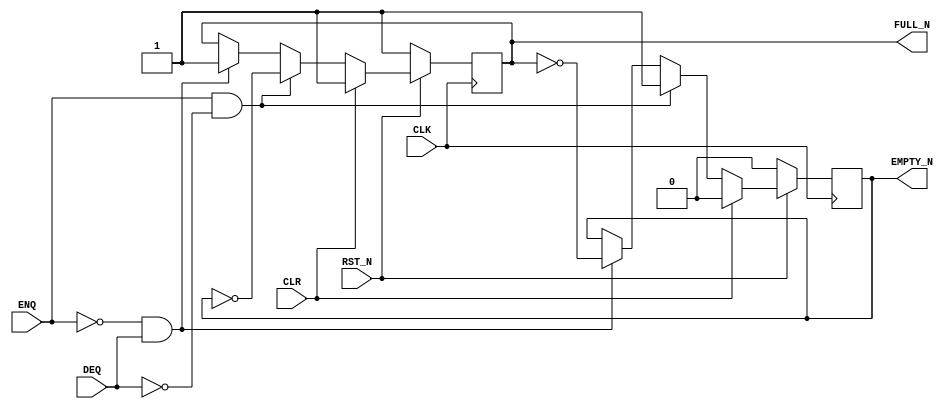
// Copyright 2000--2008 Bluespec, Inc.  All rights reserved.

`ifdef BSV_ASSIGNMENT_DELAY
`else
`define BSV_ASSIGNMENT_DELAY
`endif


// Depth 2 FIFO  Data width 0
module FIFO20(CLK, 
              RST_N, 
              ENQ, 
              FULL_N, 
              DEQ, 
              EMPTY_N, 
              CLR
              );
   parameter guarded = 1;

   input  RST_N;
   input  CLK;
   input  ENQ;
   input  CLR;
   input  DEQ;

   output FULL_N;
   output EMPTY_N;

   reg    empty_reg;
   reg    full_reg;

   assign FULL_N  = full_reg ;
   assign EMPTY_N = empty_reg ;
   
`ifdef BSV_NO_INITIAL_BLOCKS
`else // not BSV_NO_INITIAL_BLOCKS
   // synopsys translate_off
   initial 
     begin
        empty_reg = 1'b0 ;
        full_reg  = 1'b1 ;
     end // initial begin
   // synopsys translate_on  
`endif // BSV_NO_INITIAL_BLOCKS

   always@(posedge CLK /* or negedge RST_N */)
      begin
         if (!RST_N) 
           begin
              empty_reg <= `BSV_ASSIGNMENT_DELAY 1'b0;
              full_reg  <= `BSV_ASSIGNMENT_DELAY 1'b1;
           end // if (RST_N == 0)
         else
           begin
              if (CLR) 
                begin
                   empty_reg <= `BSV_ASSIGNMENT_DELAY 1'b0;
                   full_reg  <= `BSV_ASSIGNMENT_DELAY 1'b1;
                end 
              else if (ENQ && !DEQ) 
                begin
                   empty_reg <= `BSV_ASSIGNMENT_DELAY 1'b1;
                   full_reg  <= `BSV_ASSIGNMENT_DELAY ! empty_reg;
                end // if (ENQ && !DEQ)              
              else if (!ENQ && DEQ) 
                begin
                   full_reg  <= `BSV_ASSIGNMENT_DELAY 1'b1;
                   empty_reg <= `BSV_ASSIGNMENT_DELAY ! full_reg;
                end // if (!ENQ && DEQ)
           end // else: !if(RST_N == 0)
      end // always@ (posedge CLK or negedge RST_N)
   
   // synopsys translate_off
   always@(posedge CLK)
     begin: error_checks
        reg deqerror, enqerror ;
        
        deqerror =  0;
        enqerror = 0;
        if ( RST_N )
          begin
             if ( ! empty_reg && DEQ )
               begin
                  deqerror = 1 ;             
                  $display( "Warning: FIFO20: %m -- Dequeuing from empty fifo" ) ;
               end
             if ( ! full_reg && ENQ && (!DEQ || guarded) )
               begin
                  enqerror =  1 ;             
                  $display( "Warning: FIFO20: %m -- Enqueuing to a full fifo" ) ;
               end
          end // if ( RST_N )        
     end
   // synopsys translate_on
   
endmodule